Reports on military cantonments and civil stations in the Presidency of Bombay inspected by the Sanitary Commissioner in the years 1875 and 1876
Year: 1875
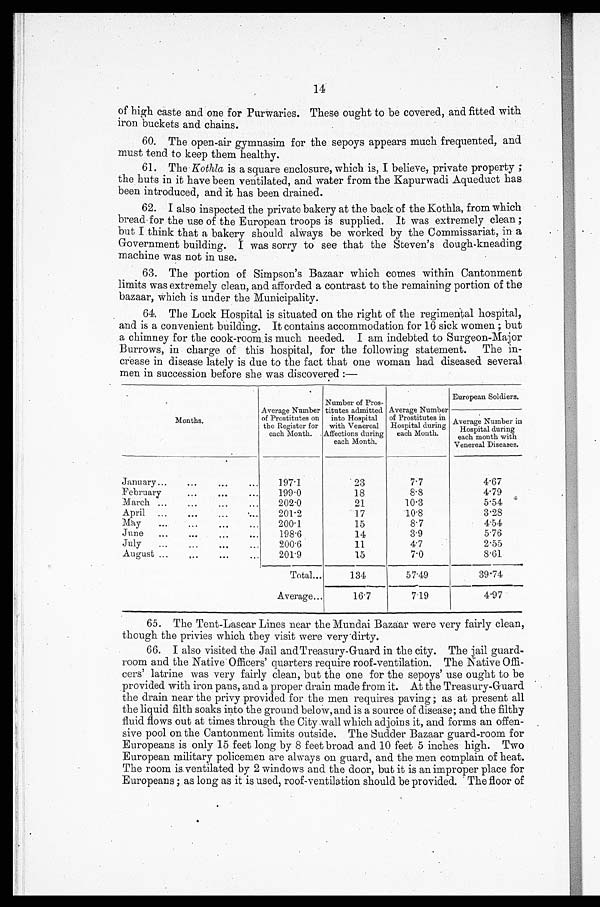
14
of high caste and one for Purwaries. These ought to be covered, and fitted with
iron buckets and chains.
60. The open-air gymnasim for the sepoys appears much frequented, and
must tend to keep them healthy.
61. The Kothla is a square enclosure, which is, I believe, private property ;
the huts in it have been ventilated, and water from the Kapurwadi Aqueduct has
been introduced, and it has been drained. .
62. I also inspected the private bakery at the back of the Kothla, from which
bread for the use of the European troops is supplied. It was extremely clean ;
but I think that a bakery should always be worked by the Commissariat, in a
Government building. I was sorry to see that the Steven's dough-kneading
machine was not in use.
63. The portion of Simpson's Bazaar which comes within Cantonment
limits was extremely clean, and afforded a contrast to the remaining portion of the
bazaar, which is under the Municipality.
64. The Lock Hospital is situated on the right of the regimental hospital,
and is a convenient building. It contains accommodation for 16 sick women ; but
a chimney for the cook-room is much needed. I am indebted to Surgeon-Major
Burrows, in charge of this hospital, for the following statement. The in-
crease in disease lately is due to the fact that one woman had diseased several
men in succession before she was discovered :-
Months.
Average Number
of Prostitutes on
the Register for
each Month. .
Number of Pros-
titutes admitted
into Hospital
with Venereal
Affections during
each Month.
Average Number
of Prostitutes in
Hospital during
each Month,
European Soldiers.
Average Number in
Hospital during
each month with
Venereal Diseases.
January
......
...
197.1
2 3
7.7
4.67
February... ...
. . .
199.0
18
8.8
4.79
March ...... ...
...
202.0
21
1.0.3
5.54
April
...
....... ...
201.2
17
.10.8
3.28
May .... ......
. . .
200 . 1
15
8.7
4.54
June
...
......
...
198.6
14
3.9
5.76
July
...
...
. . .
200.6
11
4.7
2.55
August ...
...
...
...
201 .9
15
7.0
8.61
Total...
134
57.49
39.74
Average...
16.7
7.19
4.97
65. The Tent-Lascar Lines near the Mundai Bazaar were very fairly clean,
though the privies which they visit were very dirty.
66. I also visited the Jail andTreasury-Guard in the city. The jail guard-
room and the Native Officers' quarters require roof-ventilation. The Native Offi-
cers' latrine was very fairly clean, but the one for the sepoys' use ought to be
provided with iron pans, and a proper drain made from it. At the Treasury-Guard
the drain near the privy provided for the men requires paving ; as at present all
the liquid filth soaks into the ground below, and is a source of disease; and the filthy
fluid flows out at times through the City wall which adjoins it, and forms an offen-
sive pool on the Cantonment limits outside. The Sudder Bazaar guard-room for
Europeans is only 15 feet long by 8 feet broad and 10 feet 5 inches high. Two
European military policemen are always on guard, and the men complain of heat.
The room is ventilated by 2 windows and the door, but it is an improper place for
Europeans ; as long as it is used, roof-ventilation should be provided. The floor of